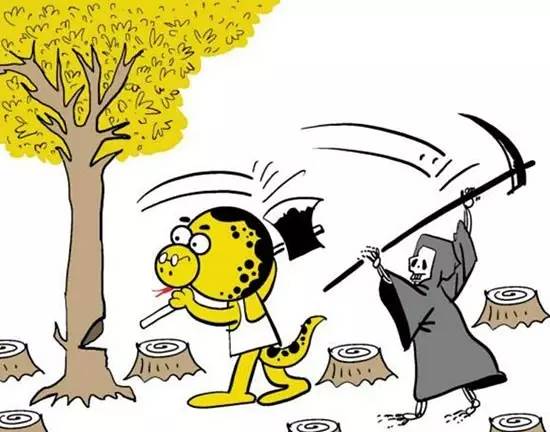
苟得其养，无物不长苟失其养，无物不消。